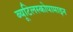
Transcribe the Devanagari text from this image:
ब्यूटिलस्कोपामाइन